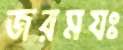
জরমযঃ